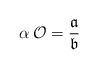
LaTeX: \begin{align*}\alpha\,\mathcal{O}=\frac{\mathfrak{a}}{\mathfrak{b}}\end{align*}